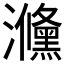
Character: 㶖